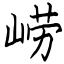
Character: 崂